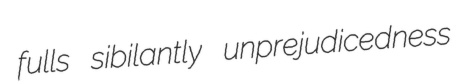
fulls sibilantly unprejudicedness